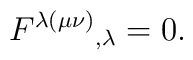
F^{\lambda (\mu \nu )}{}_{,\lambda }=0.